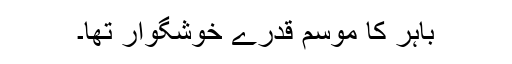
باہر کا موسم قدرے خوشگوار تھا۔